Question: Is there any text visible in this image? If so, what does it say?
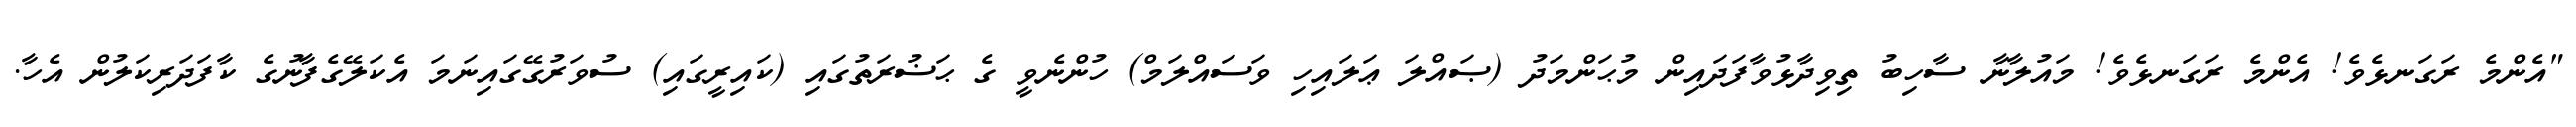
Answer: "އެންމެ ރަގަނޅެވެ! އެންމެ ރަގަނޅެވެ! މައުލާނާ ސާހިބު ތިވިދާޅުވާފަދައިން މުޙަންމަދު (ޞައްލަ ޢަލައިހި ވަސައްލަމް) ހުންނެވީ ގެ ޙަޟުރަތުގައި (ކައިރީގައި) ސުވަރުގޭގައިނަމަ އެކަލޭގެފާނުގެ ކާފަދަރިކަލުން އެހާ.